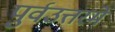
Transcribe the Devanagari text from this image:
पुर्वउत्तरमे